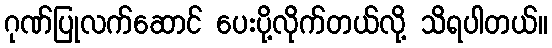
ဂုဏ်ပြုလက်ဆောင် ပေးပို့လိုက်တယ်လို့ သိရပါတယ်။